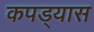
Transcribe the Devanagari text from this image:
कपड्यास